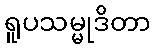
ရူပသမ္မုဒိတာ